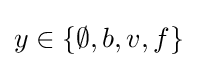
y\in \{\emptyset ,b,v,f\}